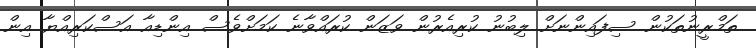
ތަމްރީނުތަކުން ސިފައިންނަށް ލިބުނު ކުރިއެރުން ވަޒަން ކުރައްވާނެ ކަމަށްވެސް އިންޑިއާ އަސްކަރިއްޔާ އިން